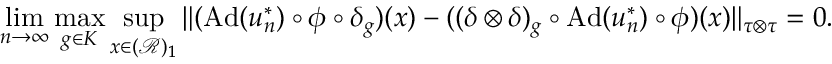
\operatorname* { l i m } _ { n \rightarrow \infty } \operatorname* { m a x } _ { g \in K } \operatorname* { s u p } _ { x \in ( \mathcal { R } ) _ { 1 } } \| ( \mathrm { A d } ( u _ { n } ^ { * } ) \circ \phi \circ \delta _ { g } ) ( x ) - ( ( \delta \otimes \delta ) _ { g } \circ \mathrm { A d } ( u _ { n } ^ { * } ) \circ \phi ) ( x ) \| _ { \tau \otimes \tau } = 0 .